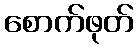
စောက်ဖုတ်